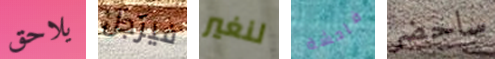
يلاحق فيرجل لنغير فاحشة ساحضر